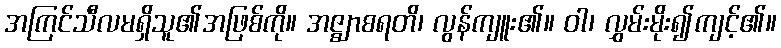
အကြင်သီလမရှိသူ၏အဖြစ်ကို။ အဇ္ဈာစရတိ၊ လွန်ကျူး၏။ ဝါ၊ လွှမ်းမိုး၍ကျင့်၏။